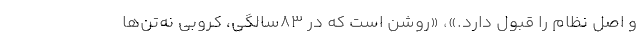
و اصل نظام را قبول دارد.»، «روشن است که در ۸۳سالگی، کروبی نه‌تن‌ها